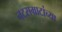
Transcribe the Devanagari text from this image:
नटसम्राटांच्या